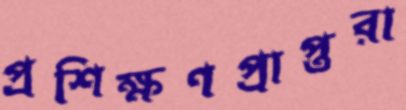
প্রশিক্ষণপ্রাপ্তরা